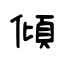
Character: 傾